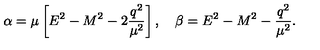
\alpha = \mu \left[ E ^ { 2 } - M ^ { 2 } - 2 \frac { q ^ { 2 } } { \mu ^ { 2 } } \right] , \quad \beta = E ^ { 2 } - M ^ { 2 } - \frac { q ^ { 2 } } { \mu ^ { 2 } } .